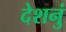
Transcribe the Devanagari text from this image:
देशनुं